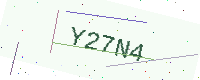
Text: Y27N4